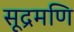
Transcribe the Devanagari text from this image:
सूद्रमणि